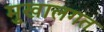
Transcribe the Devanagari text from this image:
मुखालगत